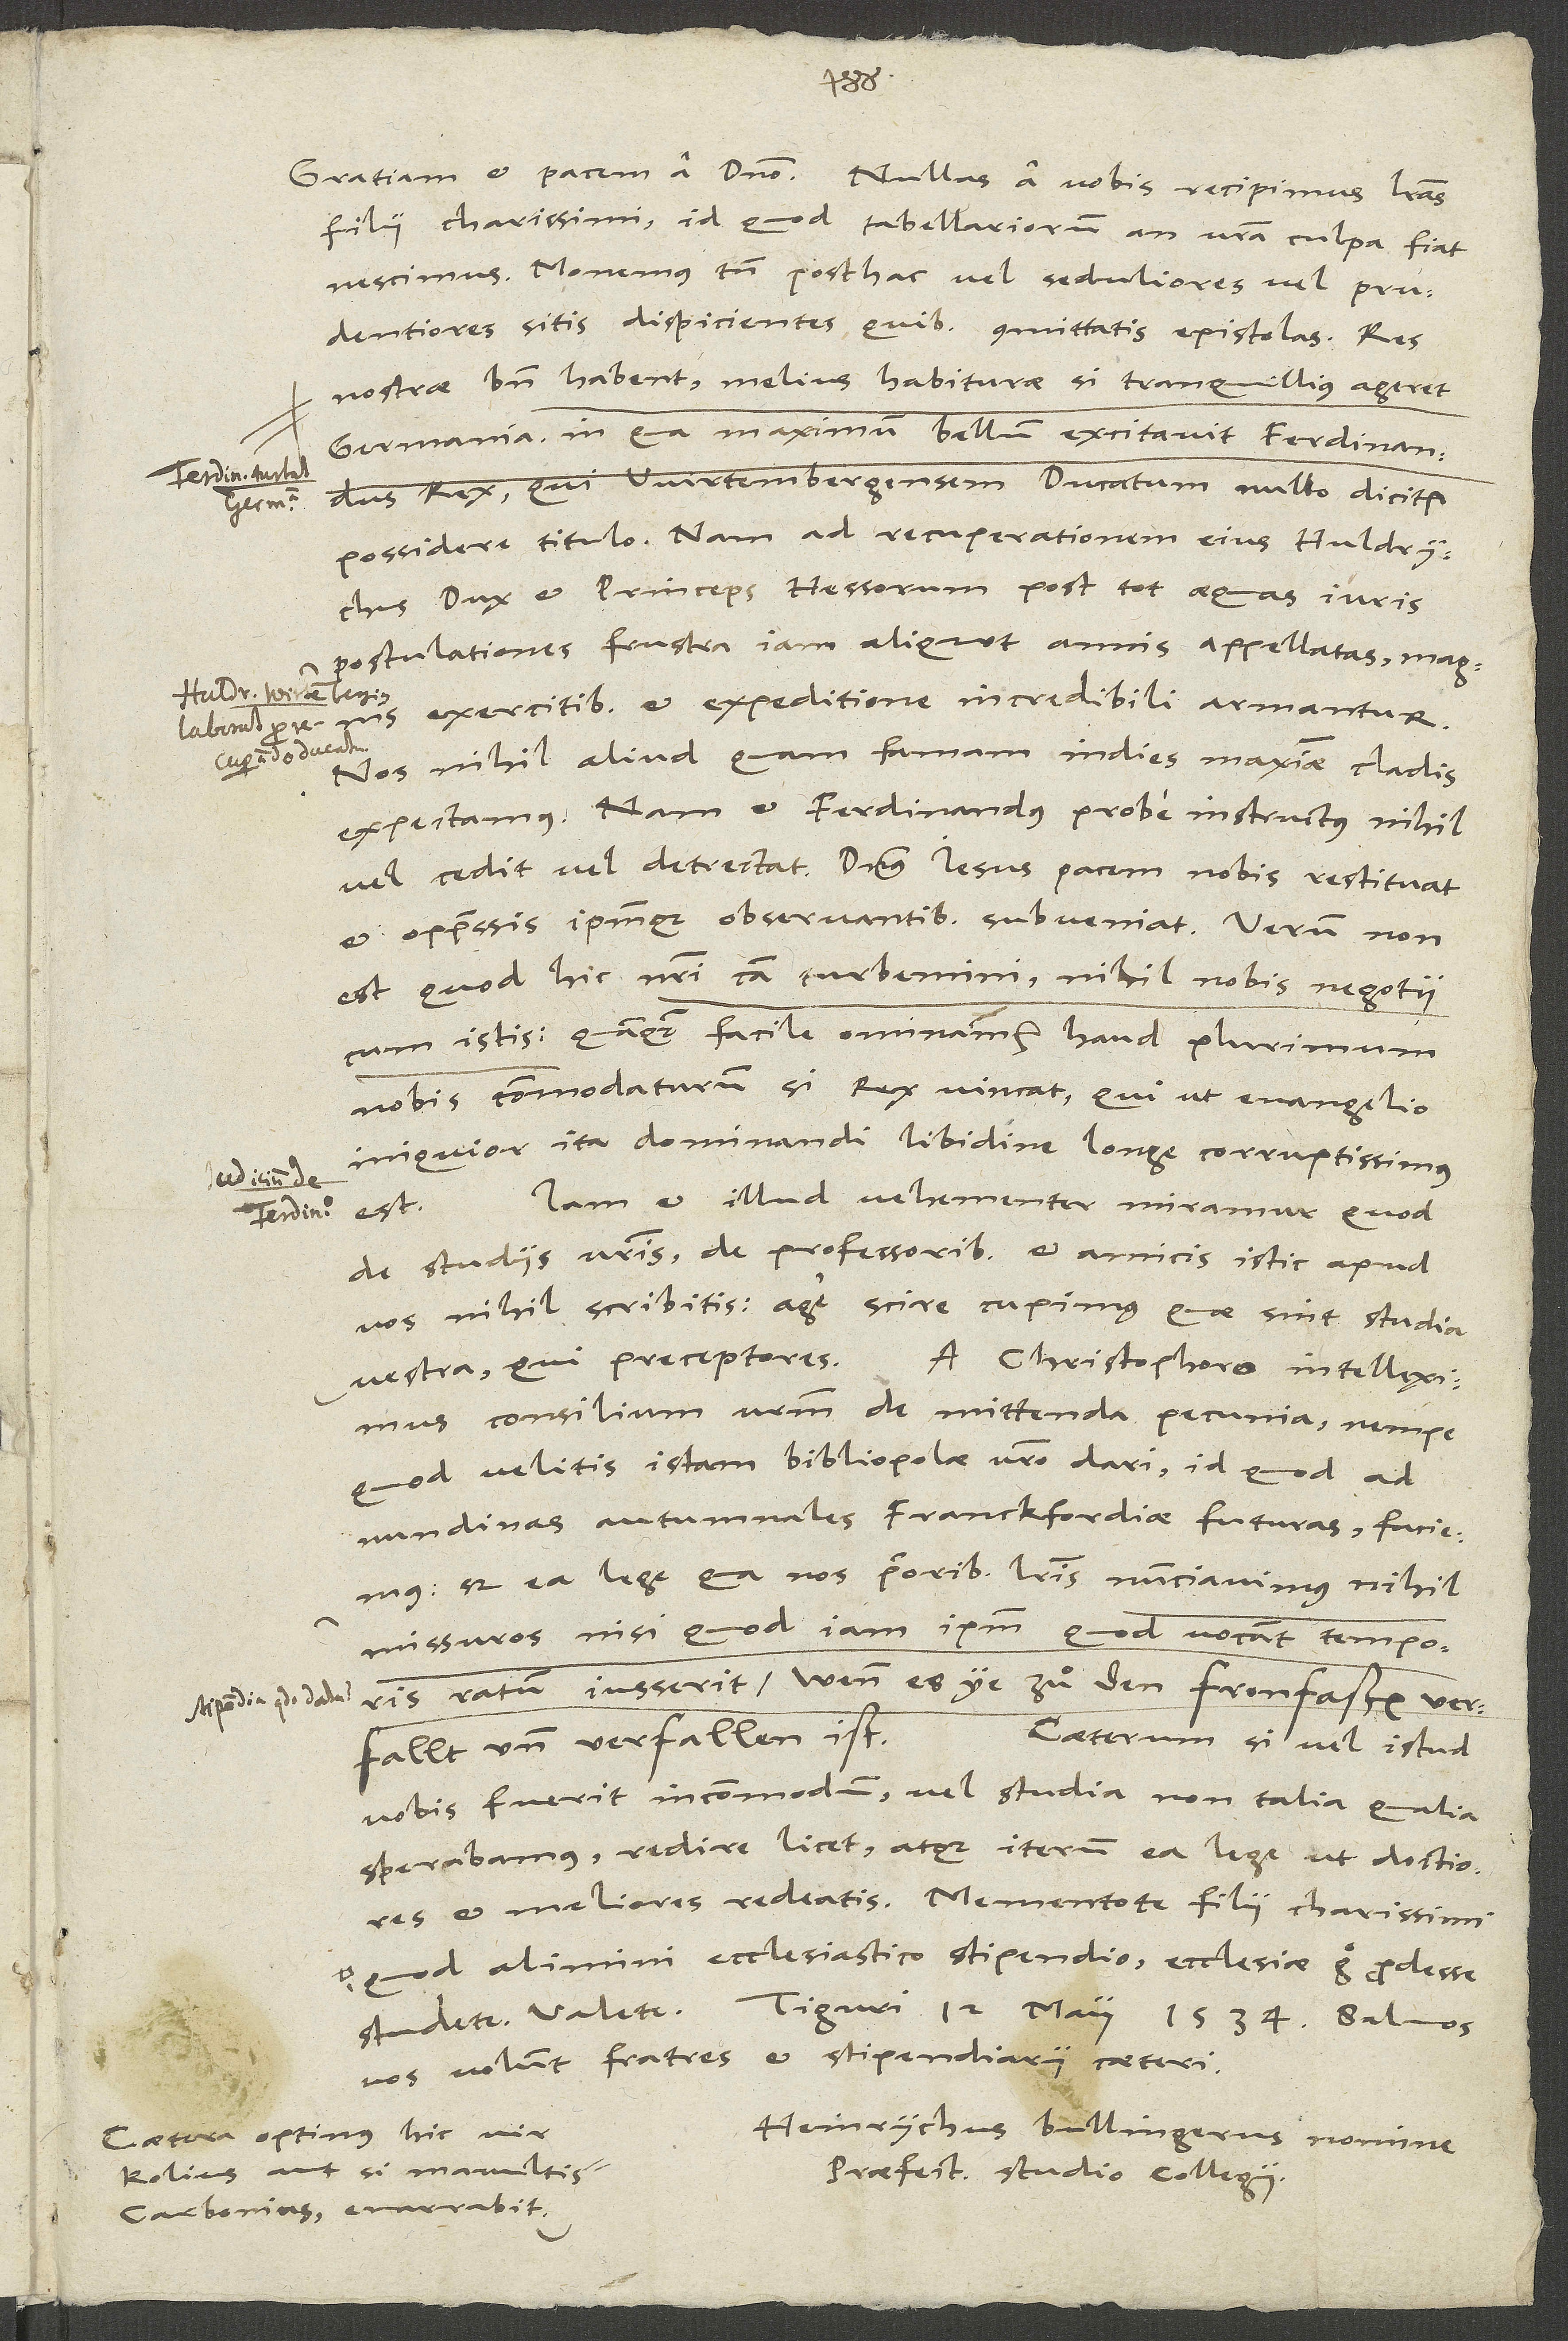
filii charissimi, id quod tabellariorum an vestra culpa fiat,
nescimus. Monemus tamen, posthac vel seduliores vel prudentiores
sitis dispicientes, quibus committatis epistolas.
nostrae bene habent - melius habiturae, si tranquillius ageret
Germania, in qua maximum bellum excitavit Ferdinandus
rex, qui Wirtembergensem ducatum nullo dicitur
possidere titulo. Nam ad recuperationem eius Huldrychus
dux et princeps Hessorum post tot aequas iuris
postulationes frustra iam aliquot annis appellatas magnis
exercitibus et expeditione incredibili armantur.
Nos nihil aliud quam famam in dies maximae cladis
expectamus. Nam et Ferdinandus probe instructus nihil
vel cedit vel detrectat. Dominus Iesus pacem nobis restituat
et oppressis ipsumque observantibus subveniat! Verum non
est, quod hic nostri causa turbemini. Nihil nobis negotii
cum istis, quamquam facile ominamur haud plurimum
nobis commodaturum, si rex vincat, qui ut evangelio
iniquior, ita dominandi libidine longe corruptissimus
Iam et illud vehementer miramur, quod
est.
de studiis vestris, de professoribus et amicis istic apud
vos nihil scribitis. Age, scire cupimus, quae sint studia
vestra, qui preceptores.
A Christophoro intelleximus
consilium vestrum de mittenda pecunia, nempe
quod velitis istam bibliopolae nostro dari, id quod ad
nundinas autumnales Franckfordiae futuras faciemus,
sed ea lege, qua nos prioribus literis nunciavimus nihil
missuros, nisi quod iam ipsum, quod vocant, temporis
ratum iusserit, wenn es ye zuͦ den fronfasten
Caeterum si vel istud
verfallt und verfallen ist.
vobis fuerit incommodum vel studia non talia, qualia
sperabamus, redire licet, atque iterum ea lege, ut doctiores
et meliores redeatis. Mementote, filii charissimi,
quod alimini ecclesiastico stipendio. Ecclesiae ergo prodesse
vos volunt fratres et stipendiarii caeteri.
Heinrychus Bullingerus nomine
Caetera optimus vir
Kolius aut, si mavultis,
praefectorum studio collegii.
Carbonius enarrabit.